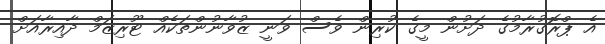
އެ ޕްރޮގުރާމުގެ ދަށުން މީގެ ކުރިން ވެސް ވަނީ ޒުވާނުންތަކެއް ޓޫރިޒަމް ދާއިރާއަށް